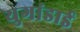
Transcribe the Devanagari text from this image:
युगांडाई